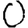
Digit: 0